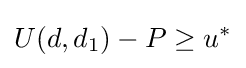
U(d,d_{1})-P\geq u^{*}